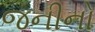
જનીનો